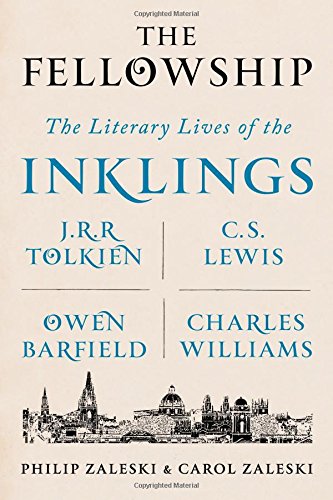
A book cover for The Fellowship: The Literary Lives of the Inklings: J.R.R. Tolkien, C. S. Lewis, Owen Barfield, Charles Williams; Philip Zaleski; Science Fiction & Fantasy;